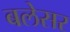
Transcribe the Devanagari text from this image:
बलेसर